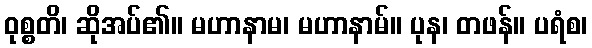
ဝုစ္စတိ၊ ဆိုအပ်၏။ မဟာနာမ၊ မဟာနာမ်။ ပုန၊ တဖန်။ ပရံစ၊